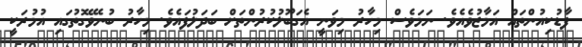
ފާޑުކިއުންތައް އަމާޒުވެއެވެ. ނަމަވެސް މިހާރު މިވަނީ އެގަބޫލުކުރުންތަށް ބަދަލުފައެވެ. މިހާރު ބުނެވޭގޮތުގައި އުމުރަކީ